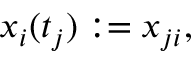
x _ { i } ( t _ { j } ) : = x _ { j i } ,